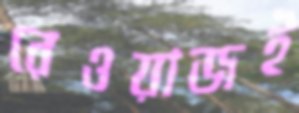
রেওয়াজই